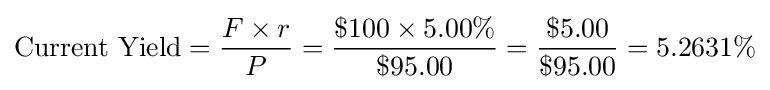
{\text{Current Yield}}={\frac {F\times r}{P}}={\frac {\$100\times 5.00\%}{\$95.00}}={\frac {\$5.00}{\$95.00}}=5.2631\%